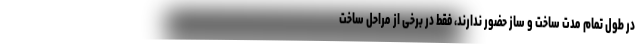
در طول تمام مدت ساخت و ساز حضور ندارند، فقط در برخی از مراحل ساخت